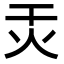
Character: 㶣